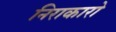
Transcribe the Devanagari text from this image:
निराकारो